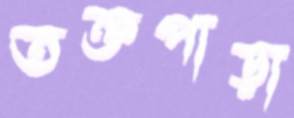
তক্তপাড়া